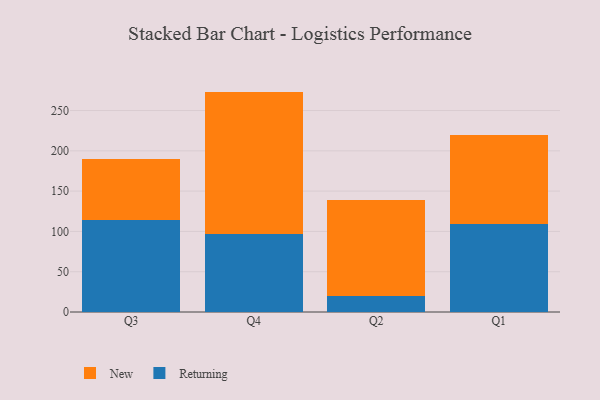
{"axis": {"x": "Quarter", "y": "Page Views"}, "legend": ["New", "Returning"], "data": [{"x": "Q3", "y": 113.7, "type": "Returning"}, {"x": "Q3", "y": 75.6, "type": "New"}, {"x": "Q4", "y": 96.4, "type": "Returning"}, {"x": "Q4", "y": 177.1, "type": "New"}, {"x": "Q2", "y": 20.1, "type": "Returning"}, {"x": "Q2", "y": 118.6, "type": "New"}, {"x": "Q1", "y": 109.3, "type": "Returning"}, {"x": "Q1", "y": 110.3, "type": "New"}]}